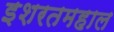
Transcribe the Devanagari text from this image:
इशरतमहाल